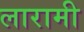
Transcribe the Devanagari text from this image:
लारामी